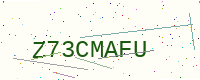
Text: Z73CMAFU